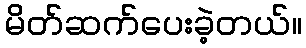
မိတ်ဆက်ပေးခဲ့တယ်။